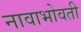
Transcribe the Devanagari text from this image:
नावाभोवती